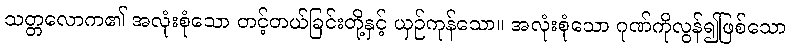
သတ္တလောက၏ အလုံးစုံသော တင့်တယ်ခြင်းတို့နှင့် ယှဉ်ကုန်သော။ အလုံးစုံသော ဂုဏ်ကိုလွန်၍ဖြစ်သော